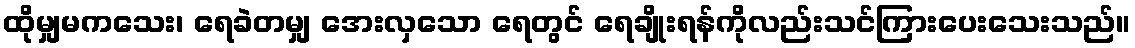
ထိုမျှမကသေး၊ ရေခဲတမျှ အေးလှသော ရေတွင် ရေချိုးရန်ကိုလည်းသင်ကြားပေးသေးသည်။